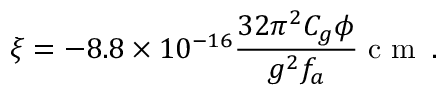
\xi = - 8 . 8 \times 1 0 ^ { - 1 6 } \frac { 3 2 \pi ^ { 2 } C _ { g } \phi } { g ^ { 2 } f _ { a } } \mathrm { ~ c ~ m ~ } \, .